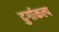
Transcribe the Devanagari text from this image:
दुर्गाकल्प